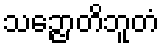
သဉ္ဇောတိဘူတံ